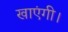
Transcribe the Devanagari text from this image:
खाएंगी।